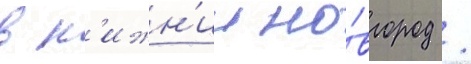
в н'ижн'ии но́вгород /